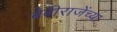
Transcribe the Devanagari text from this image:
बेबीराजेंच्या